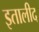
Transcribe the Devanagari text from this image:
इतालीद